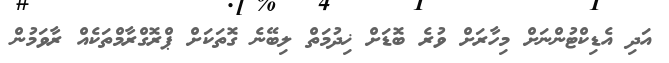
އަދި އެޑިކްޓުންނަށް މިހާރަށް ވުރެ ބޮޑަށް ޚިދުމަތް ލިބޭނެ ގޮތަކަށް ޕްރޮގްރާމްތަކެއް ރާވަމުން